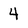
Character: 4